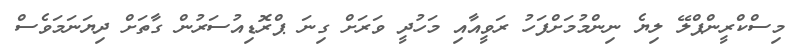
މިސްކްރީންޕްލޭ ލިޔެ ނިންމުމަށްފަހު ރަވީއާއި މަހުދީ ވަރަށް ގިނަ ޕްރޮޑިއުސަރުން ގާތަށް ދިޔަނަމަވެސް